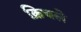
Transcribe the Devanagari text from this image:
क्रिचले